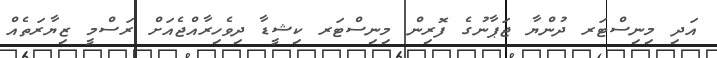
އަދި މިނިސްޓަރ ދުންޔާ ޖަޕާނުގެ ފޮރިން މިނިސްޓަރ ކިޝީޑާ ދިވެހިރާއްޖެއަށް ރަސްމީ ޒިޔާރަތެއް